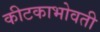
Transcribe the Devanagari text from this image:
कीटकाभोवती